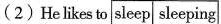
(2)He likes to sleep sleeping.